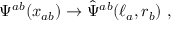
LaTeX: \Psi ^ { a b } ( x _ { a b } ) \rightarrow \hat { \Psi } ^ { a b } ( \ell _ { a } , r _ { b } ) \, \, ,